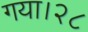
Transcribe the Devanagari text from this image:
गया।२८